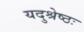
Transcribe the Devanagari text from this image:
यदुश्रेष्ठः